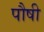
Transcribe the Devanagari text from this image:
पौषी